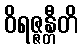
ဝိရဇ္ဇန္တီတိ